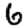
Digit: 6